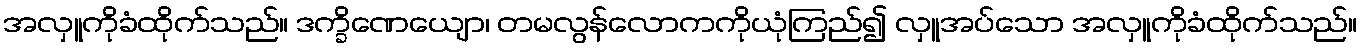
အလှူကိုခံထိုက်သည်။ ဒက္ခိဏေယျော၊ တမလွန်လောကကိုယုံကြည်၍ လှူအပ်သော အလှူကိုခံထိုက်သည်။